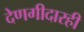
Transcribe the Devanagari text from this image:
देणगीदारही